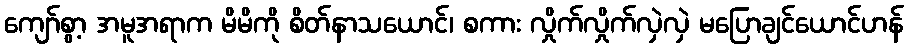
ကျော်စွာ့ အမူအရာက မိမိကို စိတ်နာသယောင်၊ စကား လှိုက်လှိုက်လှဲလှဲ မပြောချင်ယောင်ဟန်